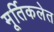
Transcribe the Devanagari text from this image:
मूर्तिकलेत